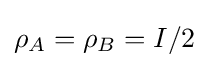
\rho _{A}=\rho _{B}=I/2